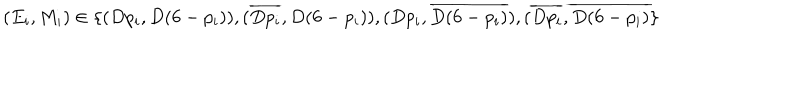
LaTeX: ( E _ { i } , M _ { i } ) \in \{ ( D p _ { i } , D ( 6 - p _ { i } ) ) , ( \overline { { { D p _ { i } } } } , D ( 6 - p _ { i } ) ) , ( D p _ { i } , \overline { { { D ( 6 - p _ { i } ) } } } ) , ( \overline { { { D p _ { i } } } } , \overline { { { D ( 6 - p _ { i } ) } } } \}